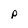
Character: p